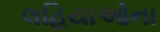
લહિયાઓના